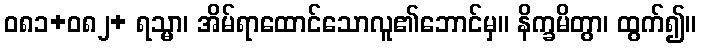
ဝ၈၁+၀၈၂+ ရသ္မာ၊ အိမ်ရာထောင်သောလူ၏ဘောင်မှ။ နိက္ခမိတွာ၊ ထွက်၍။